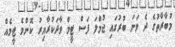
މުބާރާތުގެ ދެ ވަނަ ބުރުގައި ޖުމްލަ ފަސް ޓީމް ވާދަކުރާއިރު ކޮންމެ ޓީމެއް